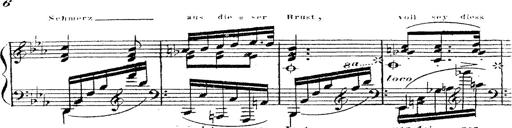
Title: 12 Lieder von Franz Schubert
Composer: Franz Liszt